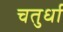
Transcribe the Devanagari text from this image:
चतुर्धा